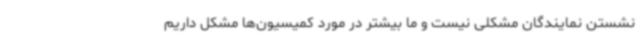
نشستن نمایندگان مشکلی نیست و ما بیشتر در مورد کمیسیون‌ها مشکل داریم